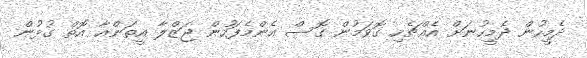
ދެމީހުން ދެމީހުނަށް އެއްޗެހި ގޮވަމުން ގޮސް އެންމެފަހުން ޖަޒްލާ އީތަންއާ އޮތް ގުޅުން